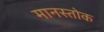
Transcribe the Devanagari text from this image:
मानस्तोक